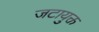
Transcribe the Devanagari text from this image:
जटायुक्त